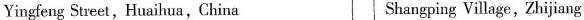
Yingfeng Street,Huaihua, China Shangping Village,Zhijiang